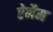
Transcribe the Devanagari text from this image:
ऐनैम